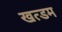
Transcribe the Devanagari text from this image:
खत्डम